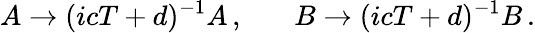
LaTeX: A\rightarrow(icT+d)^{-1}A\, ,~~~~~~~B\rightarrow(icT+d)^{-1}B\, .